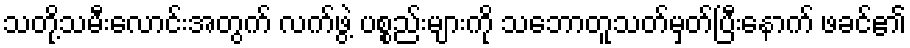
သတို့သမီးလောင်းအတွက် လက်ဖွဲ့ ပစ္စည်းများကို သဘောတူသတ်မှတ်ပြီးနောက် ဖခင်၏